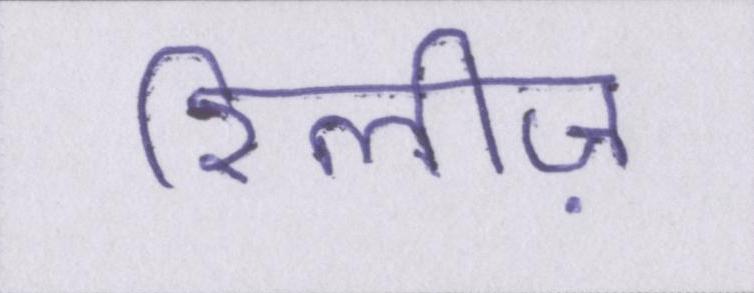
रिलीज़